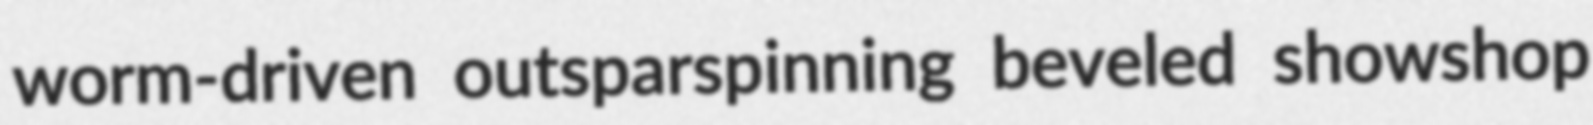
worm-driven outsparspinning beveled showshop